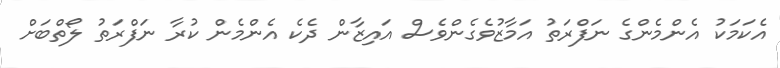
އެކަމަކު އެންމެންގެ ނަފްރަތު އަމާޒުވެގެންވެސް އައިޒާން ދެކެ އެންމެން ކުރާ ނަފްރަތު ލޯތްބަށް